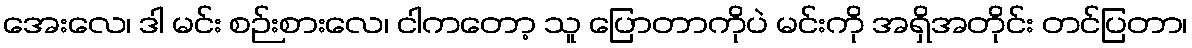
အေးလေ၊ ဒါ မင်း စဉ်းစားလေ၊ ငါကတော့ သူ ပြောတာကိုပဲ မင်းကို အရှိအတိုင်း တင်ပြတာ၊